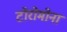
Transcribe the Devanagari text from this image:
टोरोमोना